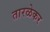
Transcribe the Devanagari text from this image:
तारळेकर